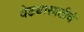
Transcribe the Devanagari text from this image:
वेढ्यासाठीचे